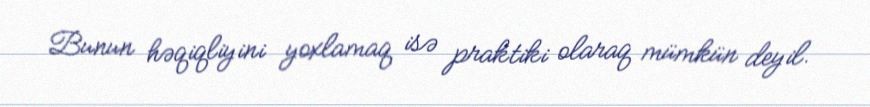
Bunun həqiqliyini yoxlamaq isə praktiki olaraq mümkün deyil.